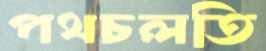
পথচলতি